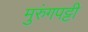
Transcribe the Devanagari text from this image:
मुरुंगपट्टी